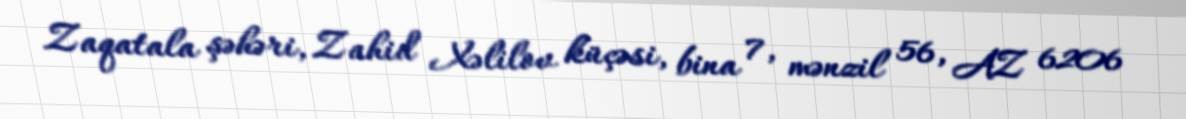
Zaqatala şəhəri, Zahid Xəlilov küçəsi, bina 7, mənzil 56, AZ 6206